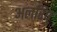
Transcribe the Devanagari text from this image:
अलरिपु